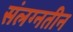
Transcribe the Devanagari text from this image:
संलग्नतीन